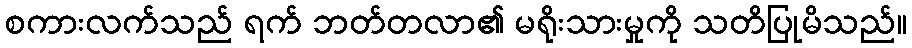
စကားလက်သည် ရက် ဘတ်တလာ၏ မရိုးသားမှုကို သတိပြုမိသည်။